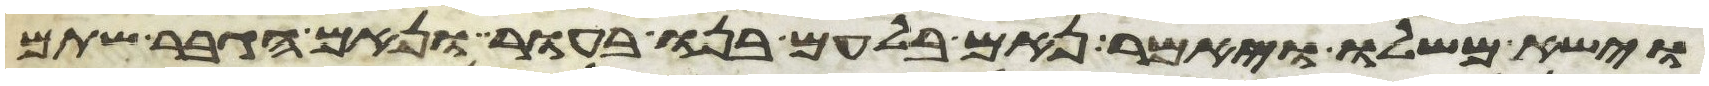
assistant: וישא משלו ויאמר נאם בלעם בנו בעור ונאם הגבר שתם